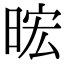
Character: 𪰧